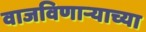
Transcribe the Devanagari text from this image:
वाजविणाऱ्याच्या